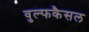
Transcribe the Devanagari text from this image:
वुल्फकैसल